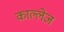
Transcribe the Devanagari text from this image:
काल्लेज